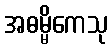
အဓမ္မိကေသု